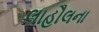
લાહૌલના